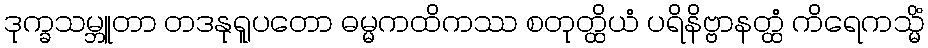
ဒုက္ခသမ္ဘူတာ တဒနုရူပတော ဓမ္မကထိကဿ စတုတ္ထိယံ ပရိနိဗ္ဗာနတ္ထံ ကိရေကသ္မိံ